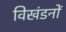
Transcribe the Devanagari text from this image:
विखंडनों